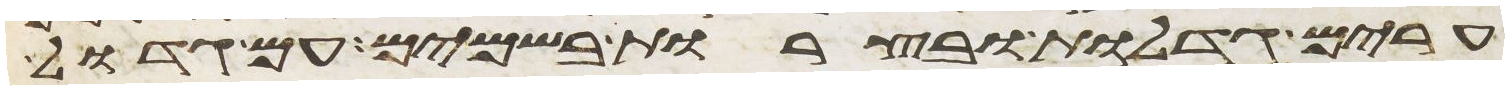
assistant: ערים גדלות ובצרות בשמים עם גדול